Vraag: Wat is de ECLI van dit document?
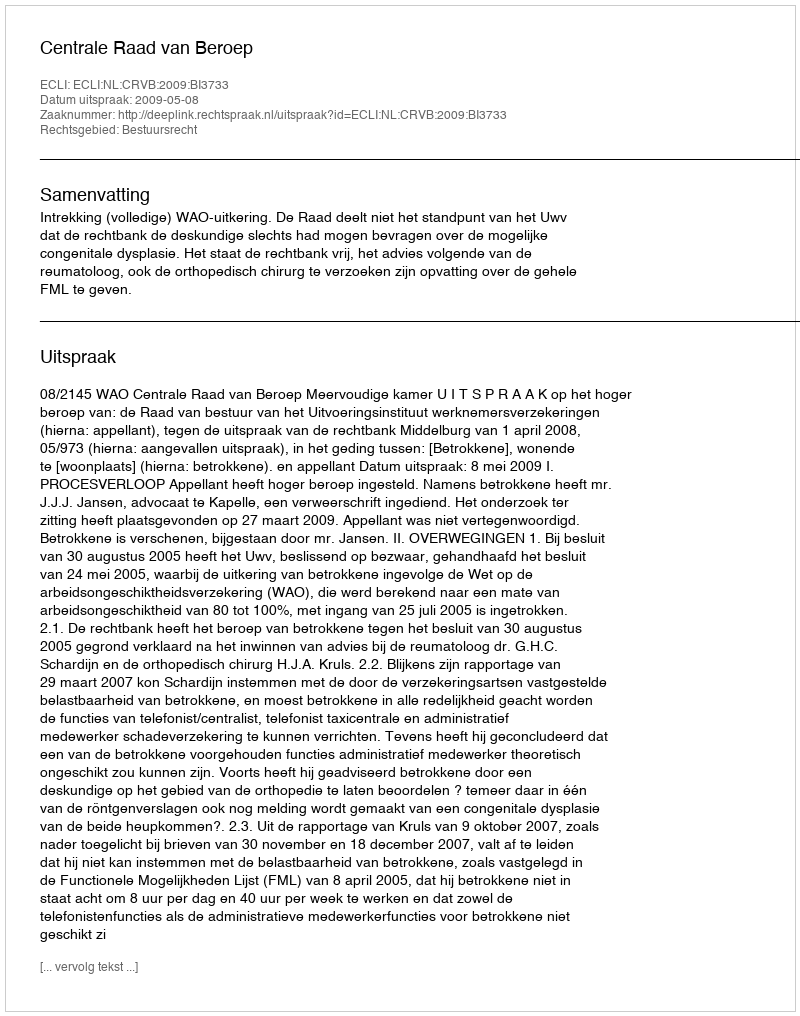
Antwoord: ECLI:NL:CRVB:2009:BI3733